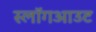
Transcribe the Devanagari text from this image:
स्लॉगआउट